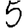
Digit: 5